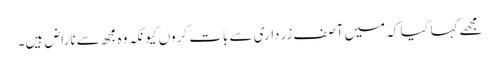
مجھے کہا گیا کہ میں آصف زرداری سے بات کروں کیونکہ وہ مجھ سے ناراض ہیں۔